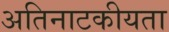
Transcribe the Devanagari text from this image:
अतिनाटकीयता